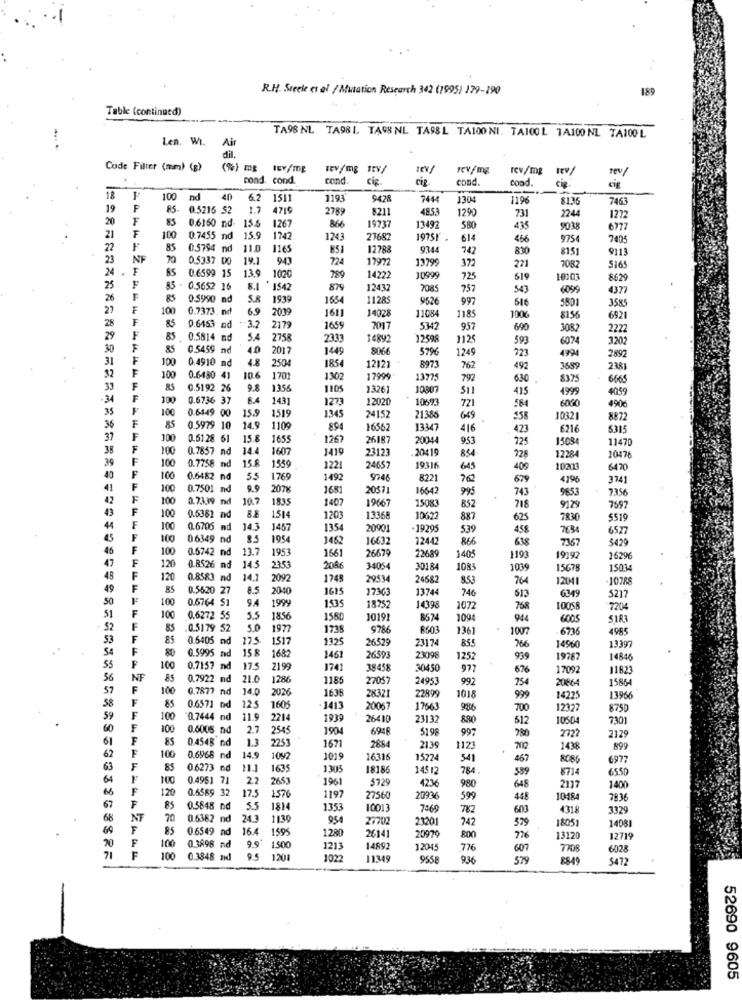
R.H. Steele et al / Mutation Research 342 (1995) 179-190
189
Table (continued)
Len. WI.
TA9S NL TA981 TAG8 NL TASSL TA100 NI. TA100L 1A100 NL TA100 L
Air
dil.
Code Filter (mm) (g)
(%) mg
1Ev/mg
Tev/mg
rev/mg
rev/mg
rev/
cond. cond
cond
cig
ciR.
cond.
coad.
cie.
cig
100
nd
40
6.2
1511
1193
9428
7444
130
1196
8136
7463
19
F
85.
0.5216 52
1.7
4715
2789
8211
48.53
1290
2244
20
F
85
0.6160
15.5
731
1272
1267
866
19737
13492
580
435
9038
6777
21
F
100
0.7455 nd
15.9
1742
1243
27682
19751
614
466
975
7005
72
85
0.5794 nd
11.0
1165
851
12788
9344
742
830
8151
9113
23
NF
70
0.5337 00
19.1
943
724
17972
13799
24
F
65
0.6599 1
372
271
7082
516
13.9
1020
789
14222
10999
725
619
10103
8629
25
85 - 0.5652 16
8.
* 1542
879
12432
7085
757
543
6099
4377
26
85
0.5990 n
5.8
1939
1654
11285
9526
997
616
5801
27
100
0.7373. nd
6.9
2039
1611
14028
358
28
85
11084
1185
1006
8156
6521
0.6463 n
-3.2
2179
1659
7017
5347
957
690
3082
2222
29
85
0.5814 m
5.4
2758
2333
14892
12598
1125
593
6074
3202
30
85
0.5459 nd
40
2017
1449
8066
$79
1249
31
100
0.4910
4.8
185
723
4994
2892
32
2504
1212
8973
762
492
3689
238
100
0.6480 41
10.6
170
1302
17999
1377
792
630
8375
6665
RS
0.5192 26
9.8
1356
1105
1326
10807
$11
415
1999
40,59
. 34
100
0.6736 3
8.4
143
1273
12020
106%%
35
100
0.6449 0
721
584
6000
4906
36
15.5
1519
1345
2415
21386
649
558
1032
8872
85
0.5979 10
14.5
1109
894
1656
13347
416
423
6216
6315
37
100
0.6128 61
15.8
1655
126
26187
20044
953
725
15084
11470
38
100
0.7857 n
14.4
1607
1419
2312
20419
854
225
39
15.8
12284
10476
100
0.7758 nd
1559
1221
2465
19316
645
409
102013
6470
40
100
0.6482
nd
55
1769
1492
9746
8221
679
4796
3741
41
100
0.7501
nd
9.9
2076
1681
2051
16642
995
743
9653
7356
42
100
0.73.39
10.7
1835
1407
19667
1508
43
nd
852
718
9129
7597
100
0.6362
BE
1514
1203
3368
10677
887
625
7830
5519
44
100
0.6706
nd
14.3
1457
1354
2090
-19295
539
458
7634
6527
45
100
06349 nd
8.5
1954
1462
1663
12442
866
618
7367
$429
45
100
0.6742 nd
nd
13.7
1953
26679
47
1661
22689
1405
1193
19192
16296
120
nd
145
2353
2086
34054
30184
1083
1039
15678
15034
48
120
0.8583 nd
14.1
2092
174
2953
24682
853
764
12041
-10788
49
0.5620 27
8.5
2040
1615
1736
1374
746
50
100
0.6764 51
9.4
1535
613
6349
5217
1999
18752
14398
1072
768
10058
7204
51
100
0.6272 55
5.5
1856
1550
10191
8674
1094
6005
5183
$2
85
0.5179 52
5.0
1977
1738
9786
8603
1361
1007
6736
4985
53
85
0.6405 nd
17.5
1517
1325
26529
2317
855
13397
54
80
15 8
766
14960
0.5995 nd
1682
1461
2659
23098
1252
999
19787
14846
55
100
0.7157
nd
175
2199
1741
38458
30450
977
676
17092
11623
56
NF
85
0.7922 nd
21.0
1286
1185
27057
24953
992
734
20664
15864
57
100
0.7877 nd
14.0
2026
1638
58
28321
22895
1018
999
14225
13966
85
0.6571 nd
12.
160
.1413
20067
17563
986
700
12327
8750
59
100
'0.7444 nd
11.9
2214
1939
26410
23132
880
512
1050
7301
60
F
100
0.6005 nd
2.7
2545
1904
6948
5198
997
2722
61
F
85
0.4548 nd
1.3
225
1671
780
2129
F
2884
2139
1123
1438
899
62
100
0.6968 nd
14.9
1092
301
16316
15224
541
467
8086
6977
63
F
85
0.6273 nd
1635
130
1818
145 12
784
589
5714
65.50
64
F
100
0.4951 71
2.2
2653
196
$72
66
120
0.6589 3
17.5
4236
980
648
2117
1400
1576
1197
27560
20936
599
448
10184
7836
67
F
85
0.5848 n
5.5
1814
1353
1001
7:69
782
603
4318
3329
68
NF
70
0.6362 nd
24.3
1130
954
20702
2320
742
379
1408
F
85
0.6549
nd
16.4
1599
128
2614
20970
18051
20
800
726
13120
12719
21
100
0.3898 nd
99
1.500
1213
14892
12045
776
607
TRO8
6028
==========****************** 444444444420044444144244.
100
0.3848 nd
1201
1022
1134
9558
936
579
8849
5472
52690 9605